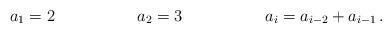
LaTeX: \begin{align*} a_1 &= 2 & a_2&=3 & a_i &= a_{i-2} + a_{i-1} \,.\end{align*}